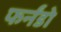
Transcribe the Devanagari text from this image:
फर्नंडो